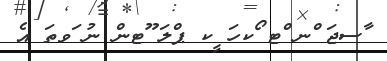
ާސޖަ ްނ ްޓ ޯކހަ ީކ ޕްލަ ޫޓން ނު ަވތަ އެ